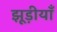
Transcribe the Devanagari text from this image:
झूड़ीयाँ